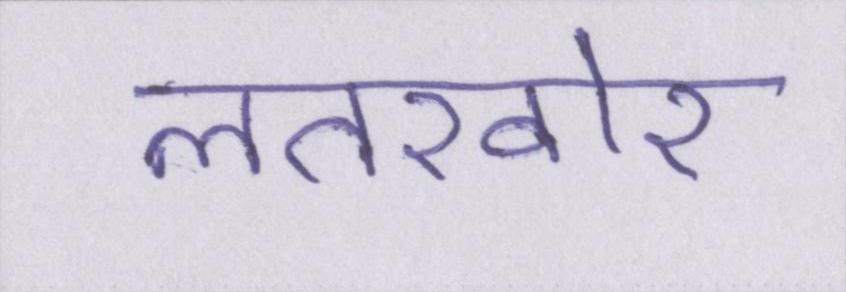
लतख़ोर